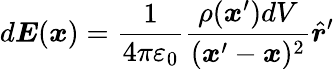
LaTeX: d{\boldsymbol{E}}({\boldsymbol{x}})={\frac{1}{4\pi\varepsilon_{0}}}{\frac{\rho({\boldsymbol{x}}^{\prime})dV}{({\boldsymbol{x}}^{\prime}-{\boldsymbol{x}})^{2}}}{\hat{\boldsymbol{r}}}^{\prime}